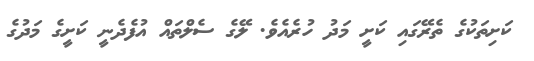
ކަށިތަކުގެ ތެރޭގައި ކަށީ މަދު ހުރެއެވެ. ލޭގެ ސެލްތައް އުފެދެނީ ކަށީގެ މަދުގެ